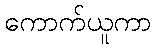
ကောက်ယူကာ